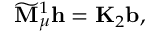
\widetilde { { \bf M } } _ { \mu } ^ { 1 } \mathbf { h } = \mathbf { K } _ { 2 } \mathbf { b } ,